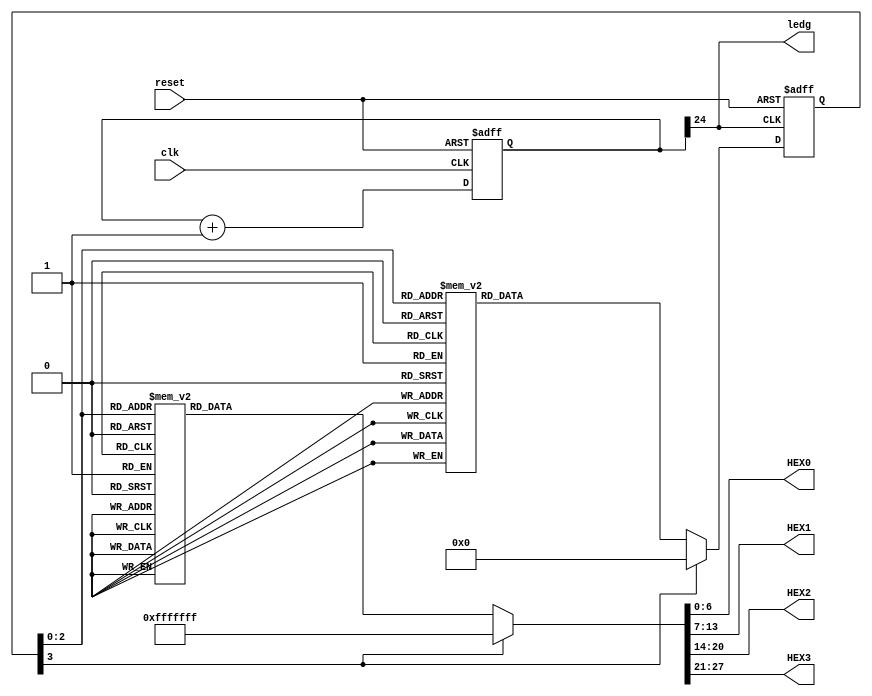
module help
(
	input clk, reset,
	output reg [6:0] HEX0, HEX1, HEX2, HEX3,
	output ledg
);


localparam P = 7'b0001100, L = 7'b1000111, U = 7'b1000001, S = 7'b0010010, NULL = 7'b1111111;
//dzielnik czestotliwosci
reg [24:0] div_clk;
always@(posedge clk, posedge reset)
	if(reset)
		div_clk <= 0;
	else
		div_clk <= div_clk +1;
		
wire slow_clk;
assign slow_clk = div_clk[24];
assign ledg = slow_clk;		

localparam s0=0, s1=1, s2=2, s3=3, s4=4, s5=5, s6=6, s7=7;
reg [3:0] aut_reg, aut_next;

//rejestr automatu
always@(posedge slow_clk, posedge reset)
	if(reset)
		aut_reg <= s0;
	else
		aut_reg <= aut_next;

// funkcja przejsciowa automatu, NS		
always@*
	case(aut_reg)
		s0: aut_next = s1;
		s1: aut_next = s2;
		s2: aut_next = s3;
		s3: aut_next = s4;
		s4: aut_next = s5;
		s5: aut_next = s6;
		s6: aut_next = s7;
		s7: aut_next = s0;
		default: aut_next = s0; 
	endcase
	
//funkcja wyjsciowa
always@*
	case(aut_reg)
		s0: begin HEX0 = NULL; HEX1 = NULL; HEX2 = NULL; HEX3 = NULL; end
		s1: begin HEX0 = P; HEX1 = NULL; HEX2 = NULL; HEX3 = NULL; end
		s2: begin HEX0 = L; HEX1 = P; HEX2 = NULL; HEX3 = NULL; end
		s3: begin HEX0 = U; HEX1 = L; HEX2 = P; HEX3 = NULL; end
		s4: begin HEX0 = S; HEX1 = U; HEX2 = L; HEX3 = P; end
		s5: begin HEX0 = NULL; HEX1 = S; HEX2 = U; HEX3 = L; end
		s6: begin HEX0 = NULL; HEX1 = NULL; HEX2 = S; HEX3 = U; end
		s7: begin HEX0 = NULL; HEX1 = NULL; HEX2 = NULL; HEX3 = S; end
		default: begin HEX0 = NULL; HEX1 = NULL; HEX2 = NULL; HEX3 = NULL; end


	endcase

endmodule